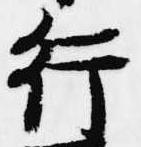
行